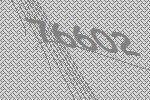
76602